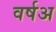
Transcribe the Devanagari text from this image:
वर्षअ